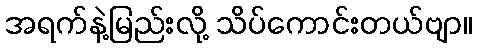
အရက်နဲ့မြည်းလို့ သိပ်ကောင်းတယ်ဗျာ။